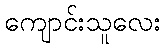
ကျောင်းသူလေး